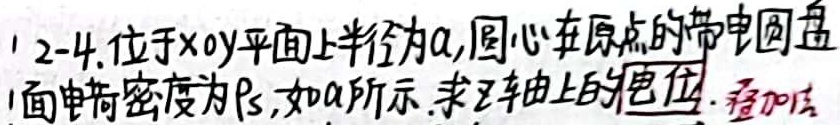
2 - 4. 位于 \(xOy\) 平面上半径为 \(a\)，圆心在原点的带电圆盘，面电荷密度为 \(\rho_{S}\)，如图 \(a\) 所示。求 \(z\) 轴上的电位。叠加法